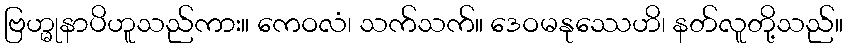
ဗြဟ္မုနာပိဟူသည်ကား။ ကေဝလံ၊ သက်သက်။ ဒေဝမနုဿေဟိ၊ နတ်လူတို့သည်။